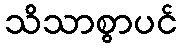
သိသာစွာပင်